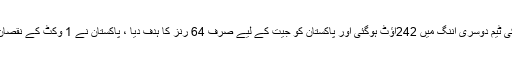
جبکہ دوسری اننگز میں انگلینڈ کی ٹیم دوسری اننگ میں 242آؤٹ ہوگئی اور پاکستان کو جیت کے لیے صرف 64 رنز کا ہدف دیا ، پاکستان نے 1 وکٹ کے نقصان پر ہد ف آسانی سے پورا کرلیا ۔